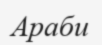
Араби